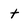
Character: t